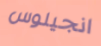
انجيلوس